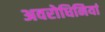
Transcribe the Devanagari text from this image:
अवरोधिनियां